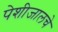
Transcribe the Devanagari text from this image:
पेशीजालचे